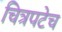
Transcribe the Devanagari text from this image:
चित्रपटेच